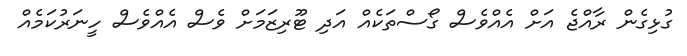
ގުޅިގެން ރާއްޖެ އަށް އެއްވެސް ގޯސްތަކެއް އަދި ޓޫރިޒަމަށް ވެސް އެއްވެސް ހީނަރުކަމެއް